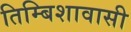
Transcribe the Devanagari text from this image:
तिम्बिशावासी